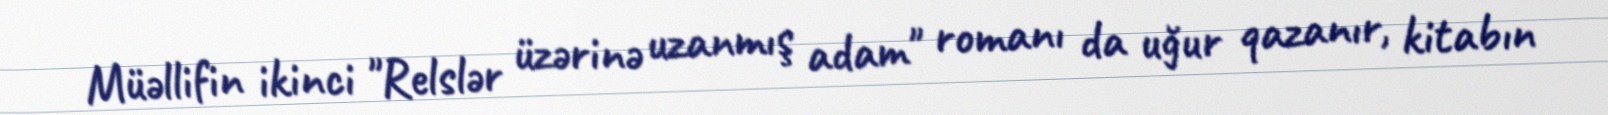
Müəllifin ikinci "Relslər üzərinə uzanmış adam" romanı da uğur qazanır, kitabın